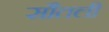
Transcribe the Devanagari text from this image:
सौतली